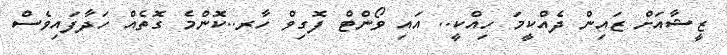
ޒީޝާއަށް ޒައިން ދެއްކީމަ ހިއްކީ.. އައި ވޯންޓް ފޮގިވް ހާރ..ކޮންމެ ގޮތެއް ހަދާފައިވެސް